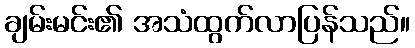
ချမ်းမင်း၏ အသံထွက်လာပြန်သည်။